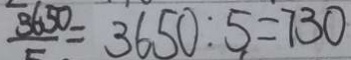
\frac { 3 6 5 0 } { 5 } = 3 6 5 0 : 5 = 7 3 0